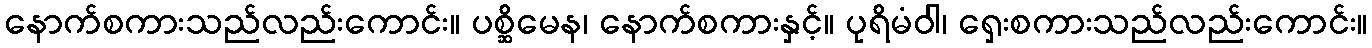
နောက်စကားသည်လည်းကောင်း။ ပစ္ဆိမေန၊ နောက်စကားနှင့်။ ပုရိမံဝါ၊ ရှေးစကားသည်လည်းကောင်း။